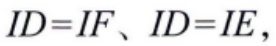
$ID = IF、ID = IE，$